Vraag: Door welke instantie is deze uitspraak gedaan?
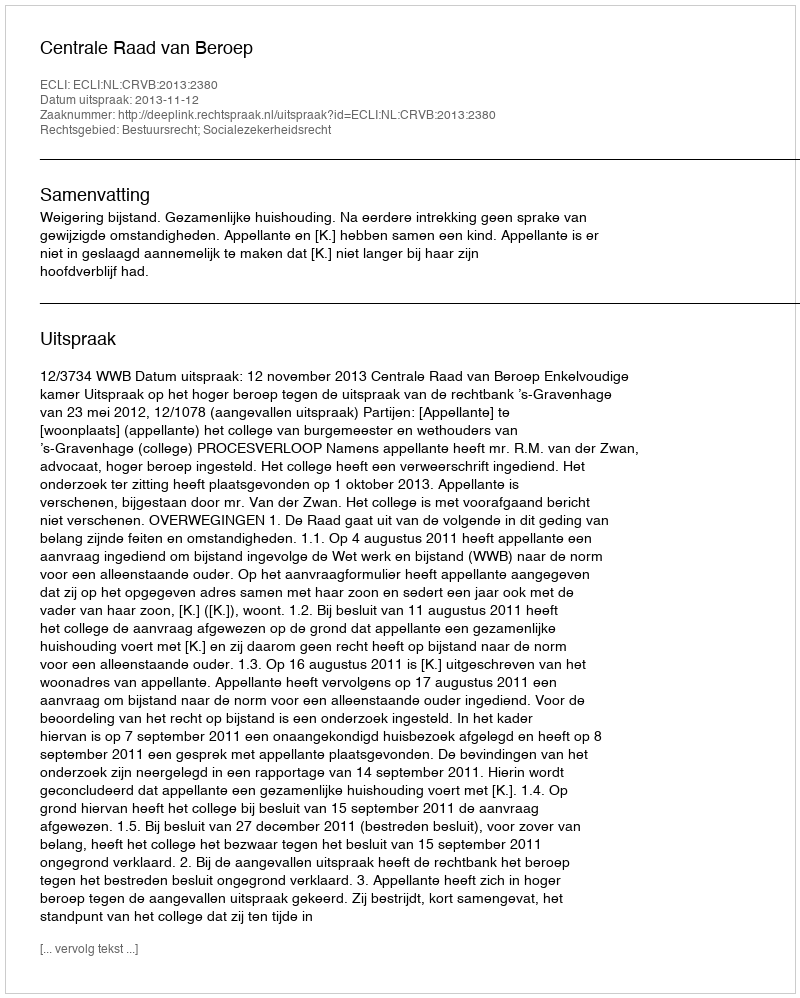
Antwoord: Centrale Raad van Beroep